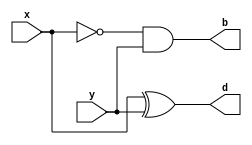
module half_subtractor(x,y,d,b);

input x, y;
wire not_a;
output d, b;

assign d = x ^ y;
assign b = ~x & y;

endmodule